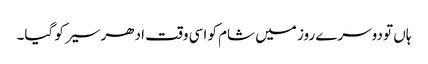
ہاں تو دوسرے روز میں شام کو اسی وقت ادھر سیر کو گیا۔